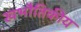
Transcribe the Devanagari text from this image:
खभौतिकीय